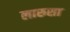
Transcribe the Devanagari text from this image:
लारुसा